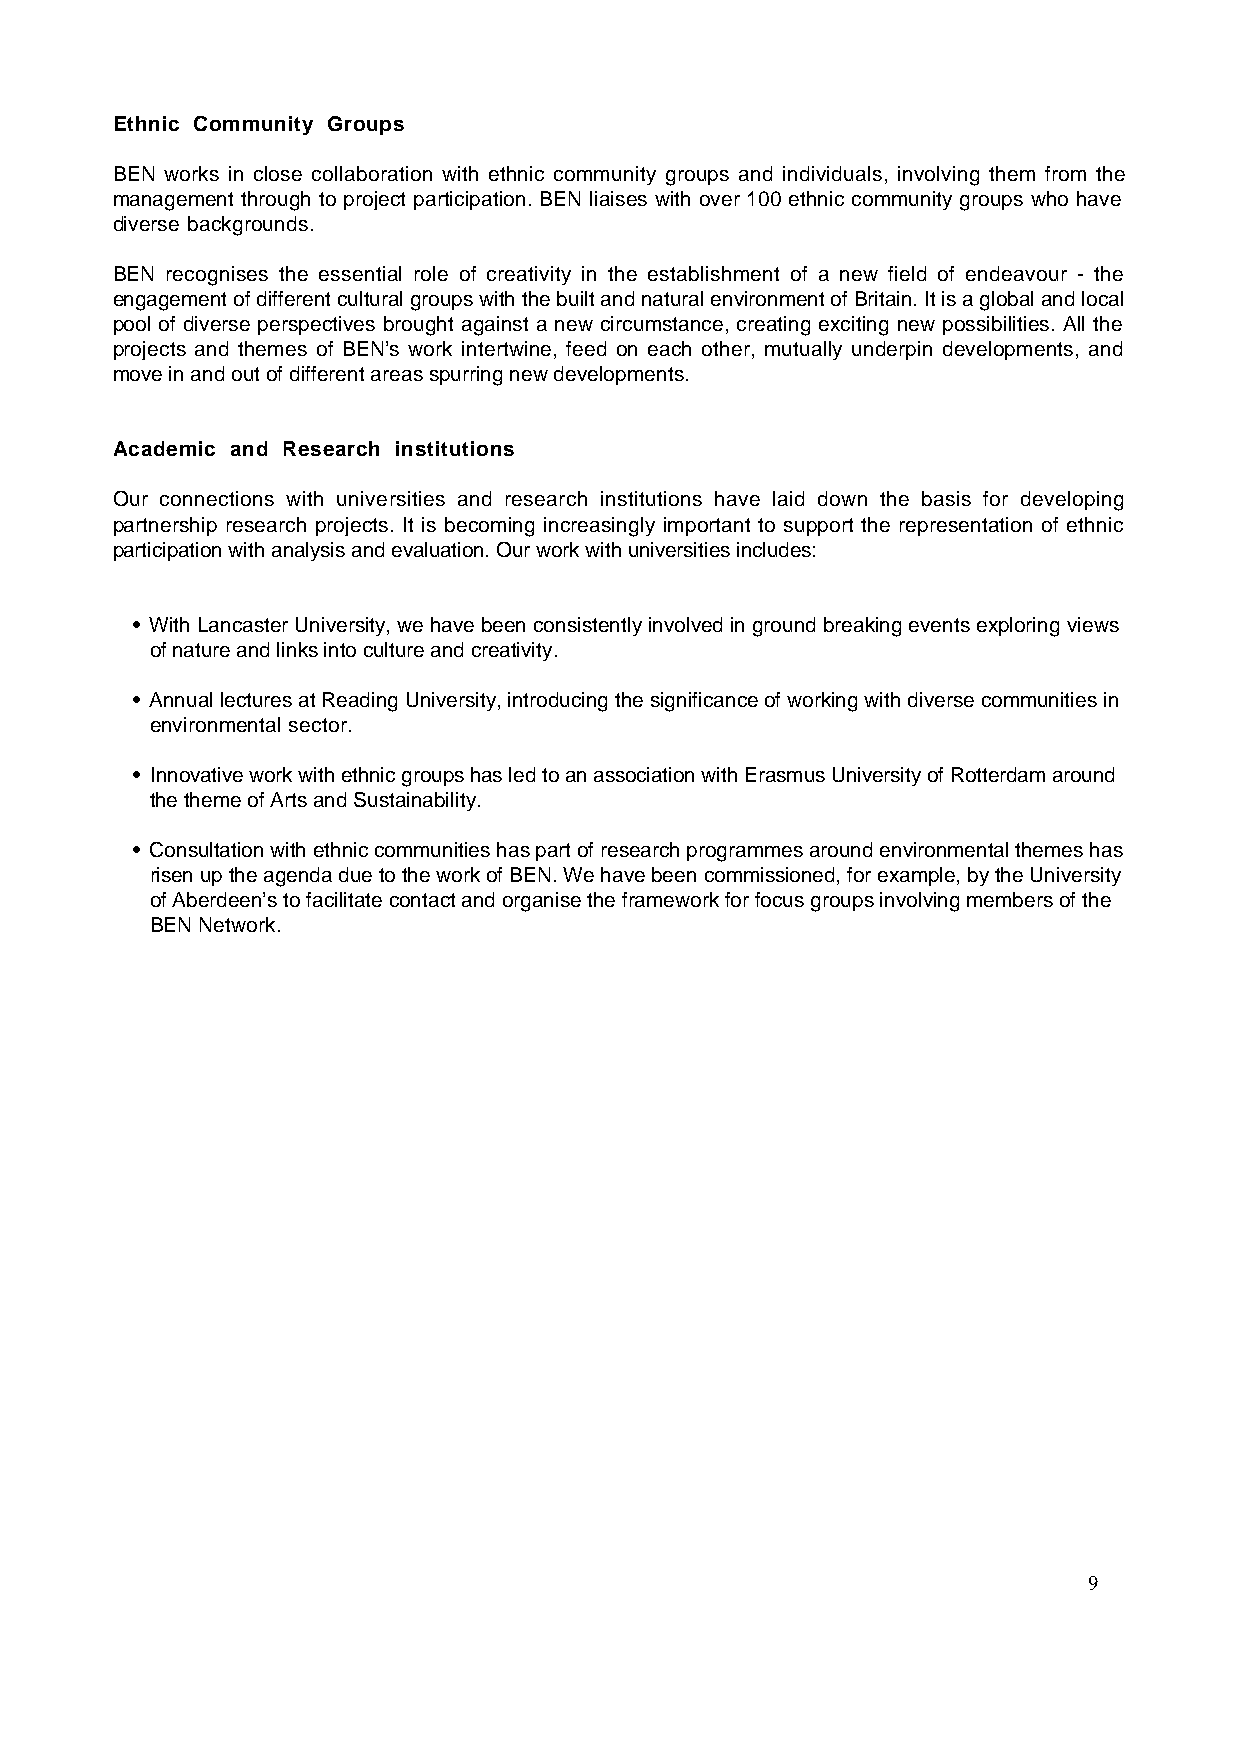
Ethnic Community Groups
 BEN works in close collaboration with ethnic community groups and individuals, involving them from the
 management through to project participation. BEN liaises with over 100 ethnic community groups who have
 diverse backgrounds.
 BEN recognises the essential role of creativity in the establishment of a new field of endeavour - the
 engagement of different cultural groups with the built and natural environment of Britain. It is a global and local
 pool of diverse perspectives brought against a new circumstance, creating exciting new possibilities. All the
 projects and themes of BEN’s work intertwine, feed on each other, mutually underpin developments, and
 move in and out of different areas spurring new developments.
 Academic and Research institutions
 Our connections with universities and research institutions have laid down the basis for developing
 partnership research projects. It is becoming increasingly important to support the representation of ethnic
 participation with analysis and evaluation. Our work with universities includes:
 • With Lancaster University, we have been consistently involved in ground breaking events exploring views
 of nature and links into culture and creativity.
 • Annual lectures at Reading University, introducing the significance of working with diverse communities in
 environmental sector.
 • Innovative work with ethnic groups has led to an association with Erasmus University of Rotterdam around
 the theme of Arts and Sustainability.
 • Consultation with ethnic communities has part of research programmes around environmental themes has
 risen up the agenda due to the work of BEN. We have been commissioned, for example, by the University
 of Aberdeen’s to facilitate contact and organise the framework for focus groups involving members of the
 BEN Network.
 9